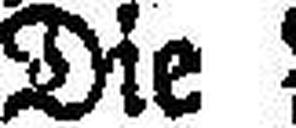
Die